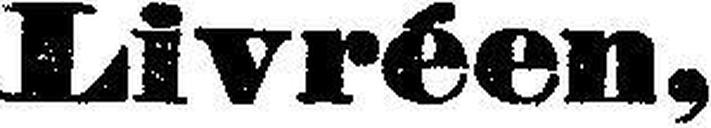
Livréen,